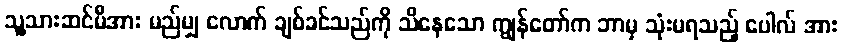
သူ့သားဆင်မီအား မည်မျှ လောက် ချစ်ခင်သည်ကို သိနေသော ကျွန်တော်က ဘာမှ သုံးမရသည့် ပေါလ် အား